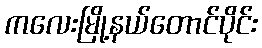
ကလေးမြို့နယ်တောင်ပိုင်း